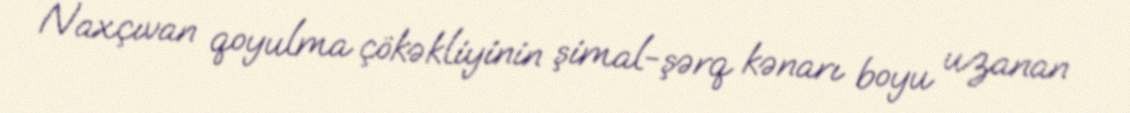
Naxçıvan qoyulma çökəkliyinin şimal-şərq kənarı boyu uzanan